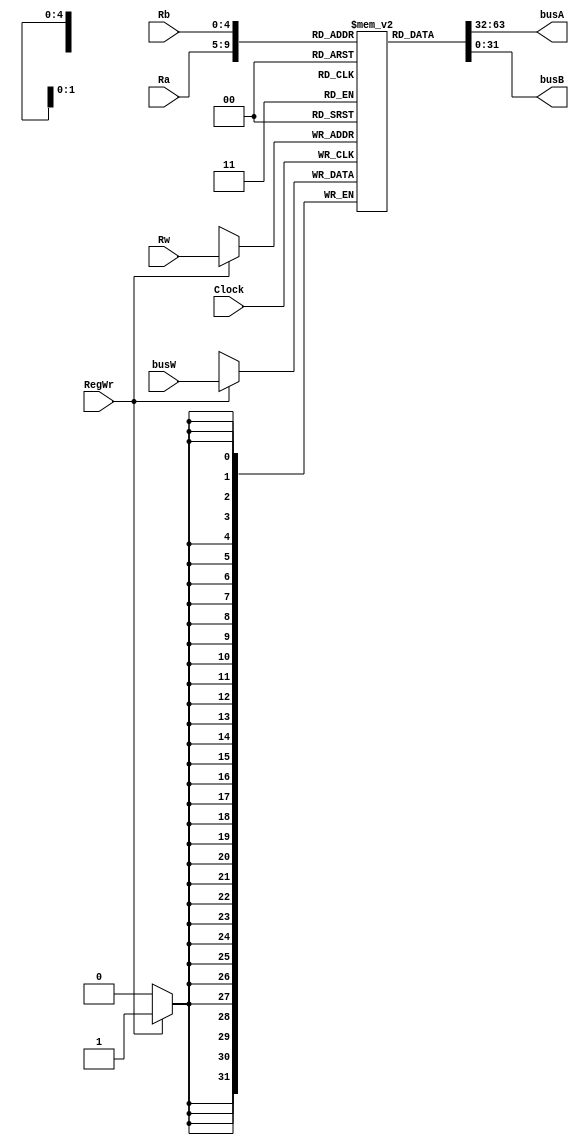
// Reg
module Reg(Ra, Rb, Rw, RegWr, busW, Clock, busA, busB);

// n
parameter n = 32;

// 5
input wire[4:0] Ra, Rb, Rw;

// 
input wire RegWr, Clock;

// 32
input wire[n-1:0] busW;

// 32
output reg[n-1:0] busA, busB;

// 3232
reg [31:0] mem [0:31];

// 32'h0
initial
    begin
        mem[0] <= 32'h0;
        mem[1] <= 32'h0;
        mem[2] <= 32'h0;
        mem[3] <= 32'h0;
    end

// Rw1Rw
always @ (negedge Clock)
    begin
        if (RegWr == 1)begin
            mem[Rw] <= busW;
            $display("[DEBUG] write %h to reg%h", busW, Rw);
        end
    end

always @ (*)
    begin
        busA <= mem[Ra];
        busB <= mem[Rb];
    end
endmodule